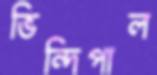
ভিন্দিপাল